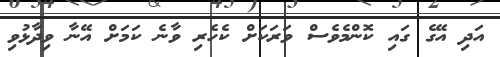
އަދި އޭގެ ގައި ކޮންމެވެސް ވަރަކަށް ކެހެރި ވާނެ ކަމަށް އޭނާ ވިދާޅުވި